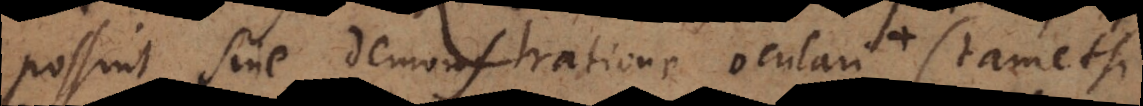
possint sine demonstratione oculari + (tametsi